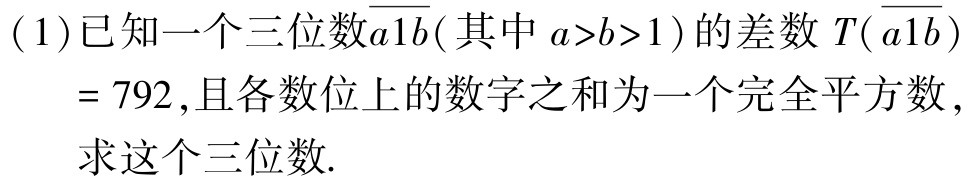
(1)已知一个三位数$\overline{a1b}$(其中$a > b > 1$)的差数$T(\overline{a1b})$ = $792$,且各数位上的数字之和为一个完全平方数，求这个三位数.